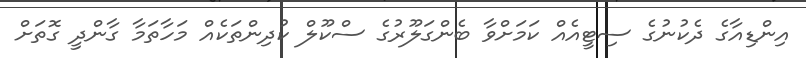
އިންޑިއާގެ ދެކުނުގެ ސިޓީއެއް ކަމަށްވާ ބެންގަލޫރުގެ ސްކޫލް ކުދިންތަކެއް މަހާތަމާ ގާންދީ ގޮތަށް